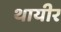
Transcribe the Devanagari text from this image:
थायीर